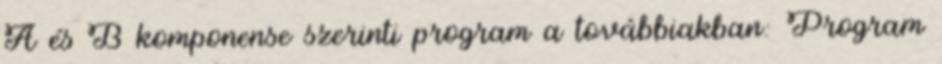
A és B komponense szerinti program a továbbiakban: Program